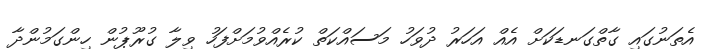
އެތަނުގައި ގާތްގަނޑަކަށް އެއް އަހަރު ދުވަހު މަސައްކަތް ކުރެއްވުމަށްފަހު ވިލާ ގުރޫޕުން ހިންގަމުންދާ